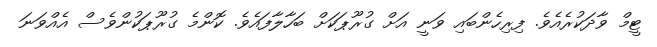
ޓީމް ވާދަކުރެއެވެ. ފިރިހެންބައި ވަނީ އަށް ގުރޫޕަކަށް ބަހާލާފައެވެ. ކޮންމެ ގުރޫޕަކުންވެސް އެއްވަނަ